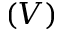
( V )